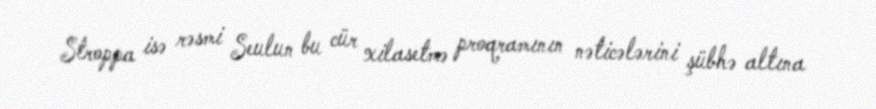
Stroppa isə rəsmi Seulun bu cür xilasetmə proqramının nəticələrini şübhə altına